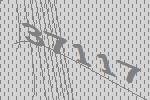
37117